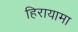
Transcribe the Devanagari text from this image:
हिरायामा